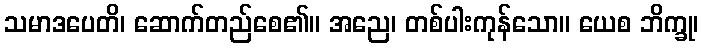
သမာဒပေတိ၊ ဆောက်တည်စေ၏။ အညေ၊ တစ်ပါးကုန်သော။ ယေစ ဘိက္ခု၊